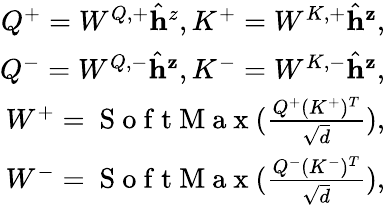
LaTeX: \begin{array}{r}{Q^{+}=W^{Q,+}\hat{\mathbf{h}}^{z},K^{+}=W^{K,+}\hat{\mathbf{h}}^{\mathbf{z}},}\\ {Q^{-}=W^{Q,-}\hat{\mathbf{h}}^{\mathbf{z}},K^{-}=W^{K,-}\hat{\mathbf{h}}^{\mathbf{z}},}\\ {W^{+}=\mathrm{~S~o~f~t~M~a~x~}(\frac{Q^{+}(K^{+})^{T}}{\sqrt{d}}),}\\ {W^{-}=\mathrm{~S~o~f~t~M~a~x~}(\frac{Q^{-}(K^{-})^{T}}{\sqrt{d}}),}\end{array}